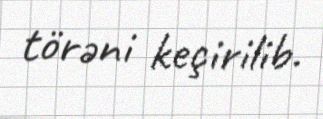
törəni keçirilib.